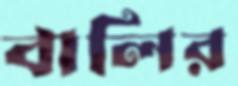
বালির